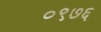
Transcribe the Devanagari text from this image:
०९७६